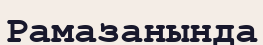
Рамазанында